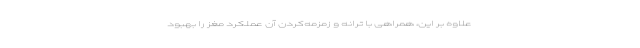
علاوه بر این، همراهی با ترانه و زمزمه‌کردن آن عملکرد مغز را بهبود